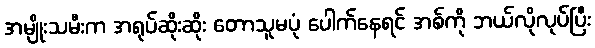
အမျိုးသမီးက အရုပ်ဆိုးဆိုး တောသူမပုံ ပေါက်နေရင် အစ်ကို ဘယ်လိုလုပ်ပြီး